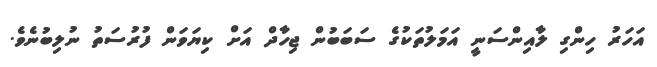
އަހަރު ހިންގި ލާއިންސަނީ އަމަލުތަކުގެ ސަބަބުން ޖިހާދް އަށް ކިޔަވަން ފުރުސަތު ނުލިބުނެވެ.